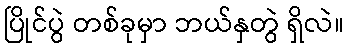
ပြိုင်ပွဲ တစ်ခုမှာ ဘယ်နှတွဲ ရှိလဲ။